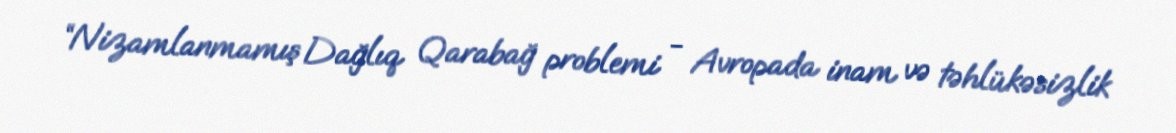
“Nizamlanmamış Dağlıq Qarabağ problemi - Avropada inam və təhlükəsizlik